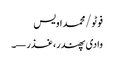
فوٹو/محمد اویس
وادی پھندر، غذر—۔